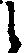
し